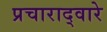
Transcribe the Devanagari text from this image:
प्रचाराद्वारे